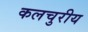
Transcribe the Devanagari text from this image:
कलचुरीय